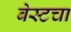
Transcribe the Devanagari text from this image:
बेस्टचा